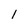
Character: 1